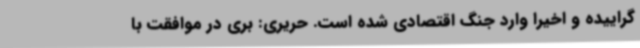
گراییده و اخیرا وارد جنگ اقتصادی شده است. حریری: بری در موافقت با